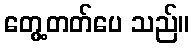
တွေ့တတ်ပေ သည်။